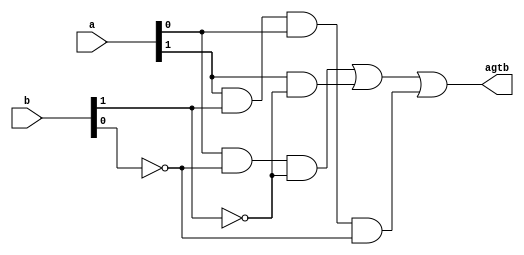
`timescale 1ns / 1ps
//////////////////////////////////////////////////////////////////////////////////
// Company: 
// Engineer: 
// 
// Design Name: 
// Module Name:    two_bit_gt 
// Project Name: 
// Target Devices: 
// Tool versions: 
// Description: 
//
// Dependencies: 
//
// Revision: 
// Revision 0.01 - File Created
// Additional Comments: 
//
//////////////////////////////////////////////////////////////////////////////////
module two_bit_gt(
    input [1:0] a,
    input [1:0] b,
    output agtb
    );
	 
	 wire p0, p1, p2;
	 
	 assign agtb = p0 | p1 | p2;
	 assign p0 = a[0] & ~b[0] & ~b[1];
	 assign p1 = a[1] & ~b[1];
	 assign p2 = a[1] & b[1] & a[0] & ~b[0];
	 
endmodule